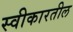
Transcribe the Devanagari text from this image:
स्वीकारतील